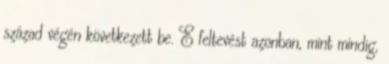
század végén következett be. E feltevést azonban, mint mindig,